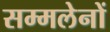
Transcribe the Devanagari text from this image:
सम्मलेनों